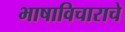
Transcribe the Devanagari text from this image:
भाषाविचाराचे